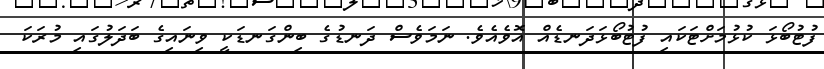
ފުޓުބޯޅަ ކުޅުމަށްޓަކައި ފުޓުބޯޅަދަނޑެއް އޮވެއެވެ. ނަމަވެސް ދަނޑުގެ ބިންގަނޑަކީ ވިނައިގެ ބަދަލުގައި މުރަކަ